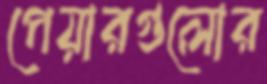
পেয়ারগুলোর